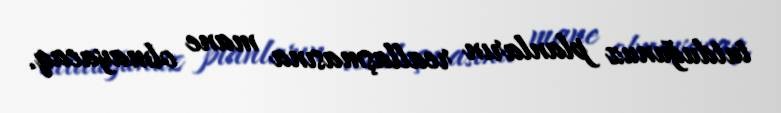
tutduğunuz planların reallaşmasına mane olmayacaq.